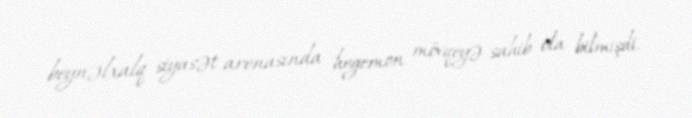
beynəlxalq siyasət arenasında hegemon mövqeyə sahib ola bilmişdi.